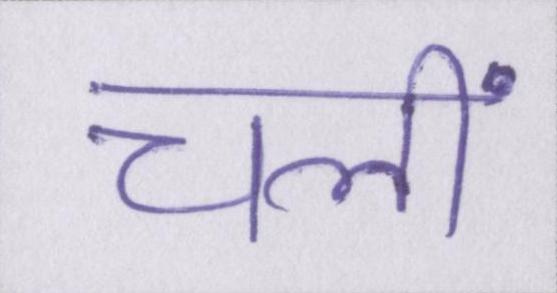
चलीं